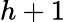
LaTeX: h+1